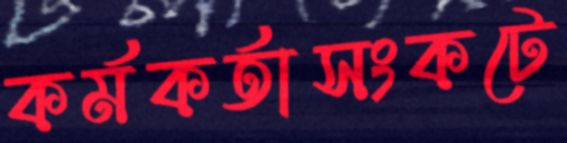
কর্মকর্তাসংকটে